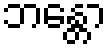
ဘန္တော